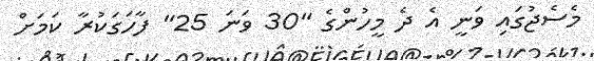
މެސެޖުގައި ވަނީ އެ ދެ މީހުންގެ "30 ވަނަ 25" ފާހަގަކުރާ ކަމަށް